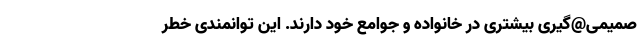
صمیمی@گیری بیشتری در خانواده و جوامع خود دارند. این توانمندی خطر